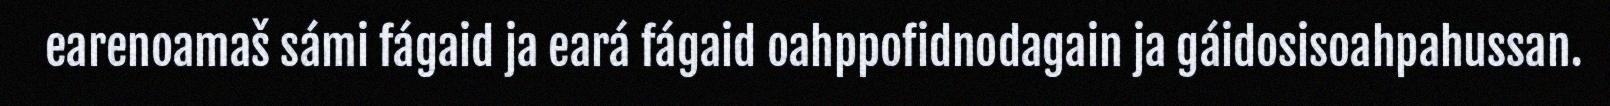
earenoamaš sámi fágaid ja eará fágaid oahppofidnodagain ja gáidosisoahpahussan.